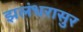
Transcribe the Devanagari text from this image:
झलंधरासुर